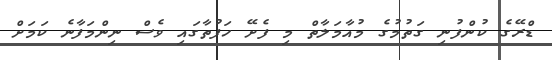
ޑްރޭގެ ކުންފުނި ގަތުމުގެ މުއާމަލާތް މި ފެށޭ ހަފުތާގައި ވެސް ނިންމަފާނެ ކަމަށް